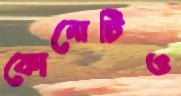
কোনোটিও